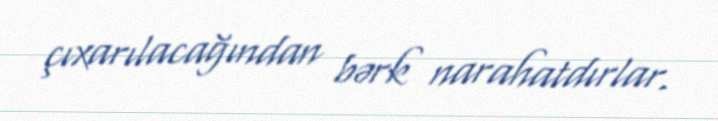
çıxarılacağından bərk narahatdırlar.